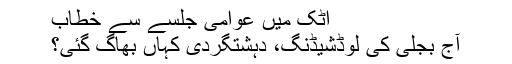
اٹک میں عوامی جلسے سے خطاب
آج بجلی کی لوڈشیڈنگ، دہشتگردی کہاں بھاگ گئی؟